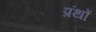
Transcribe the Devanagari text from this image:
प्रंथों